Bréfritari: Sigríður Pálsdóttir
Viðtakandi: Páll Pálsson
Dagsetning: A-1866-04-06
Skrifað á: Breiðabólsstað  Rang.
Páll var bróðir Sigríðar

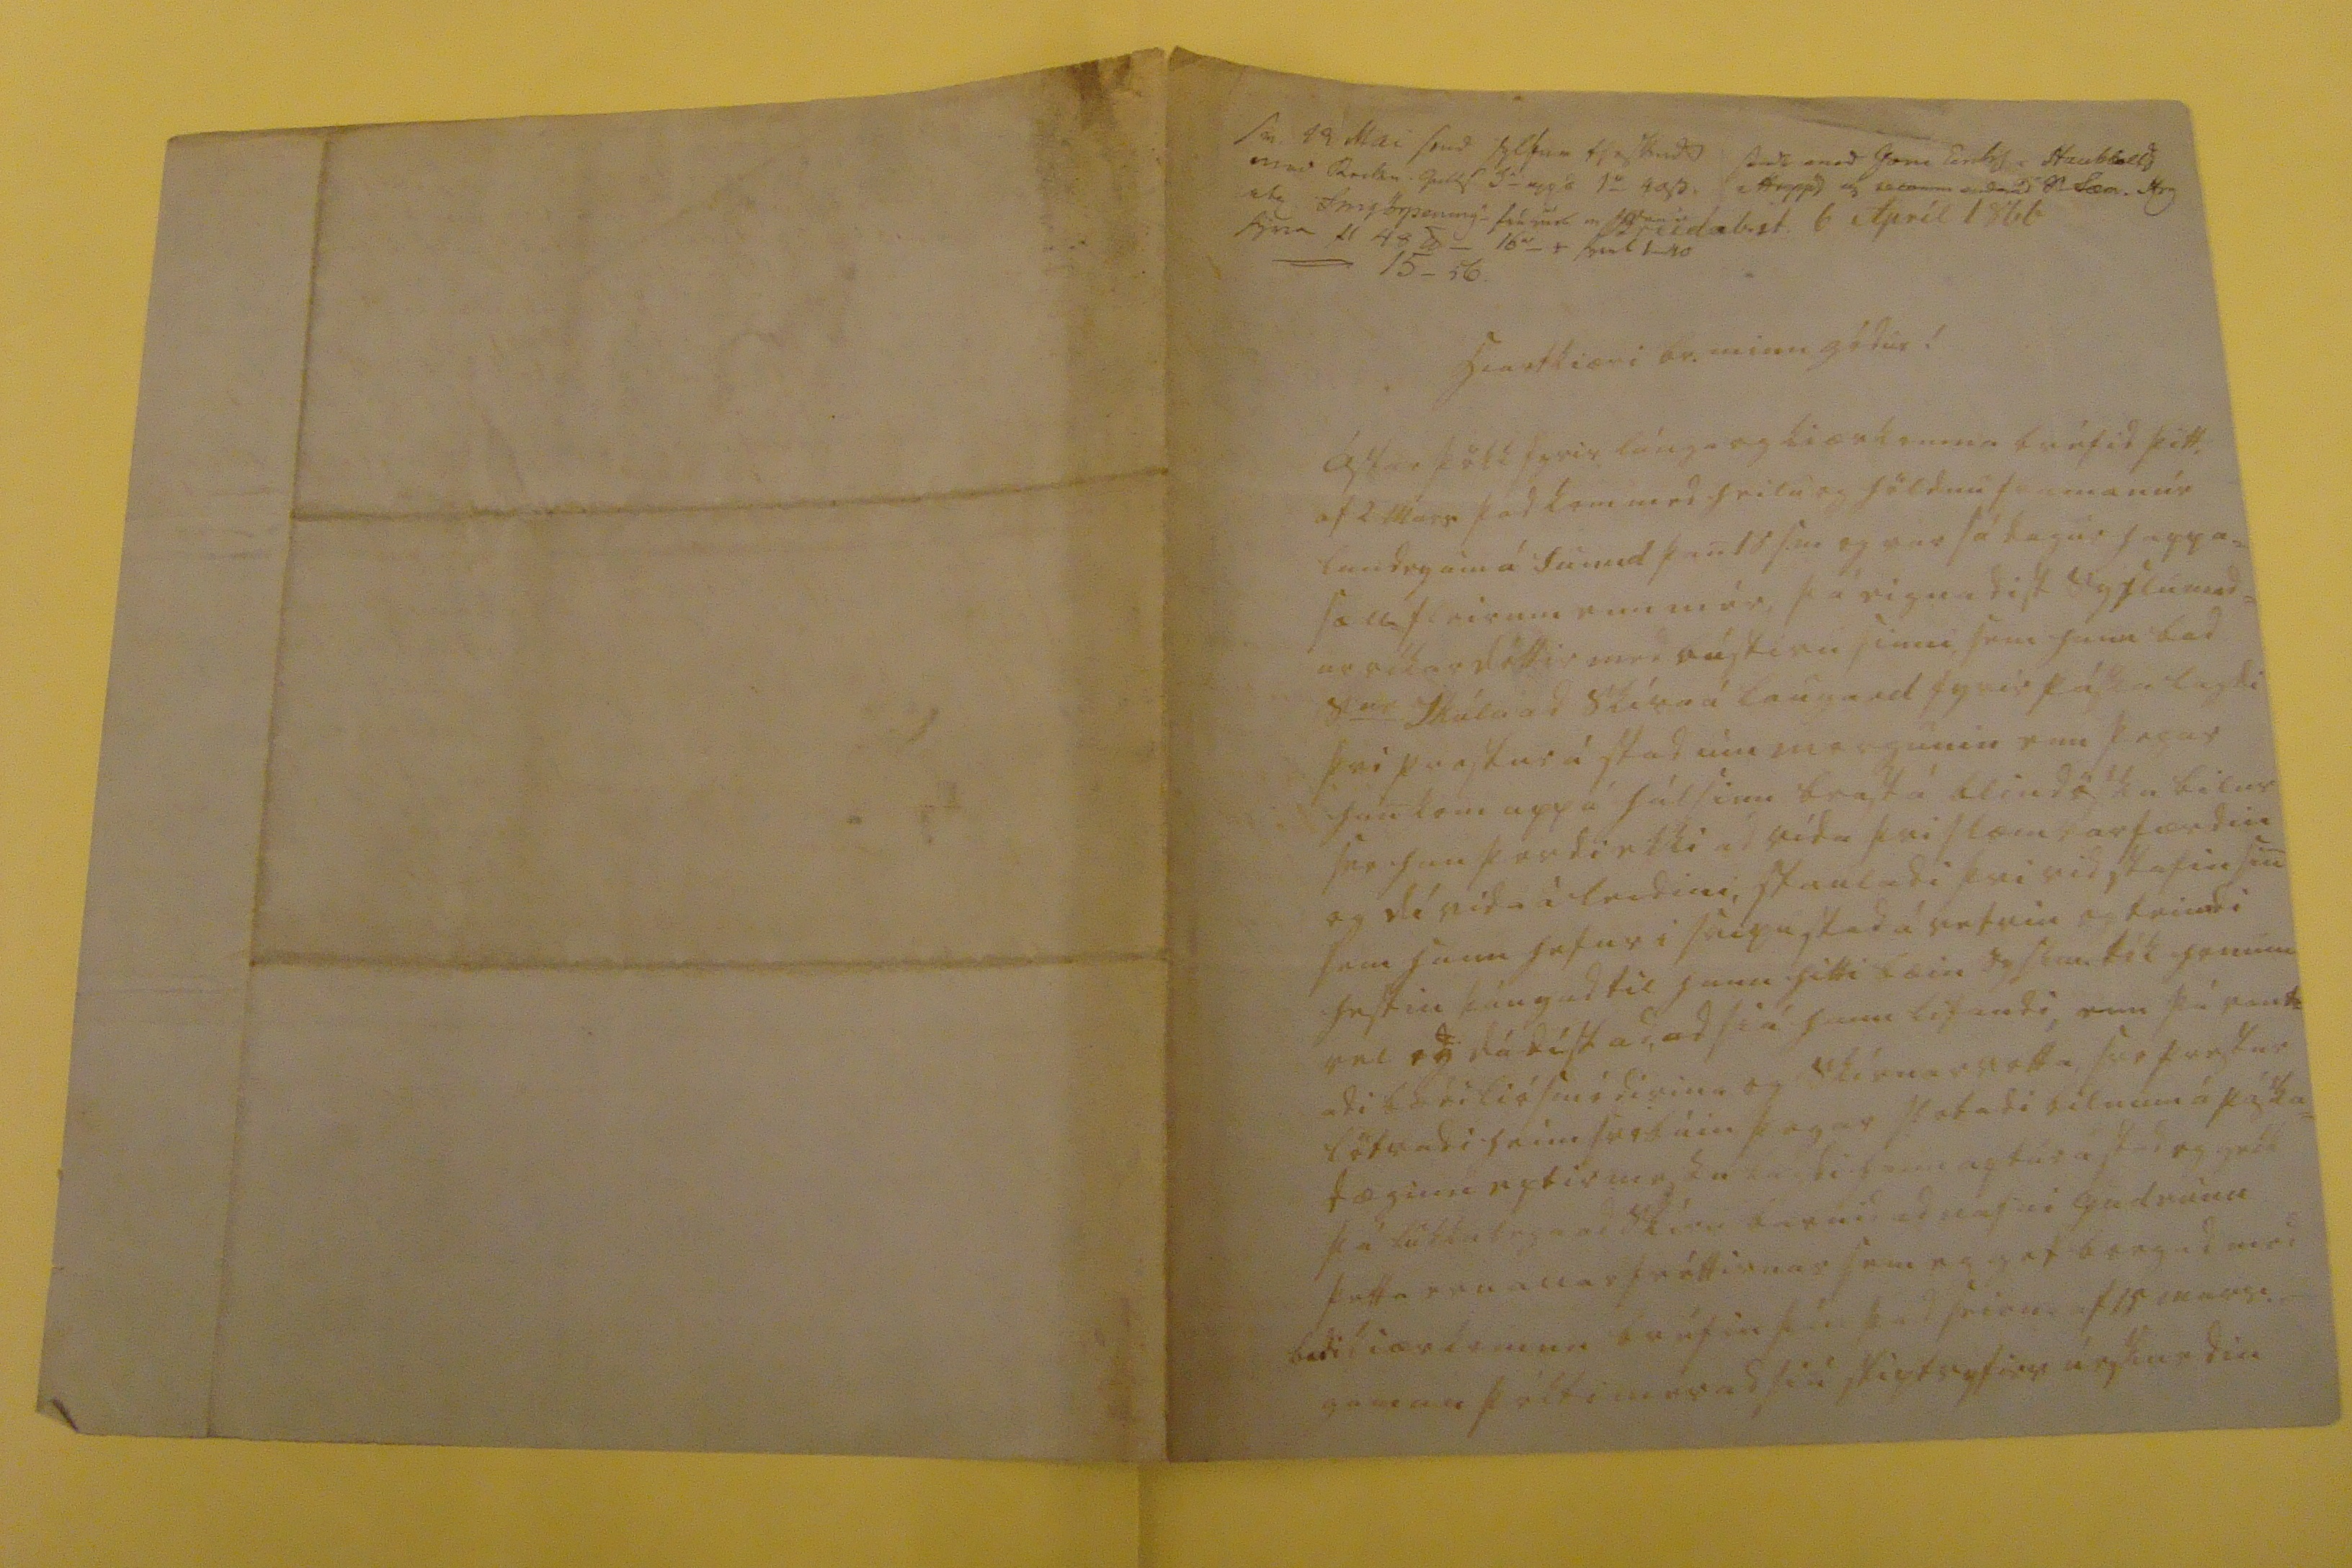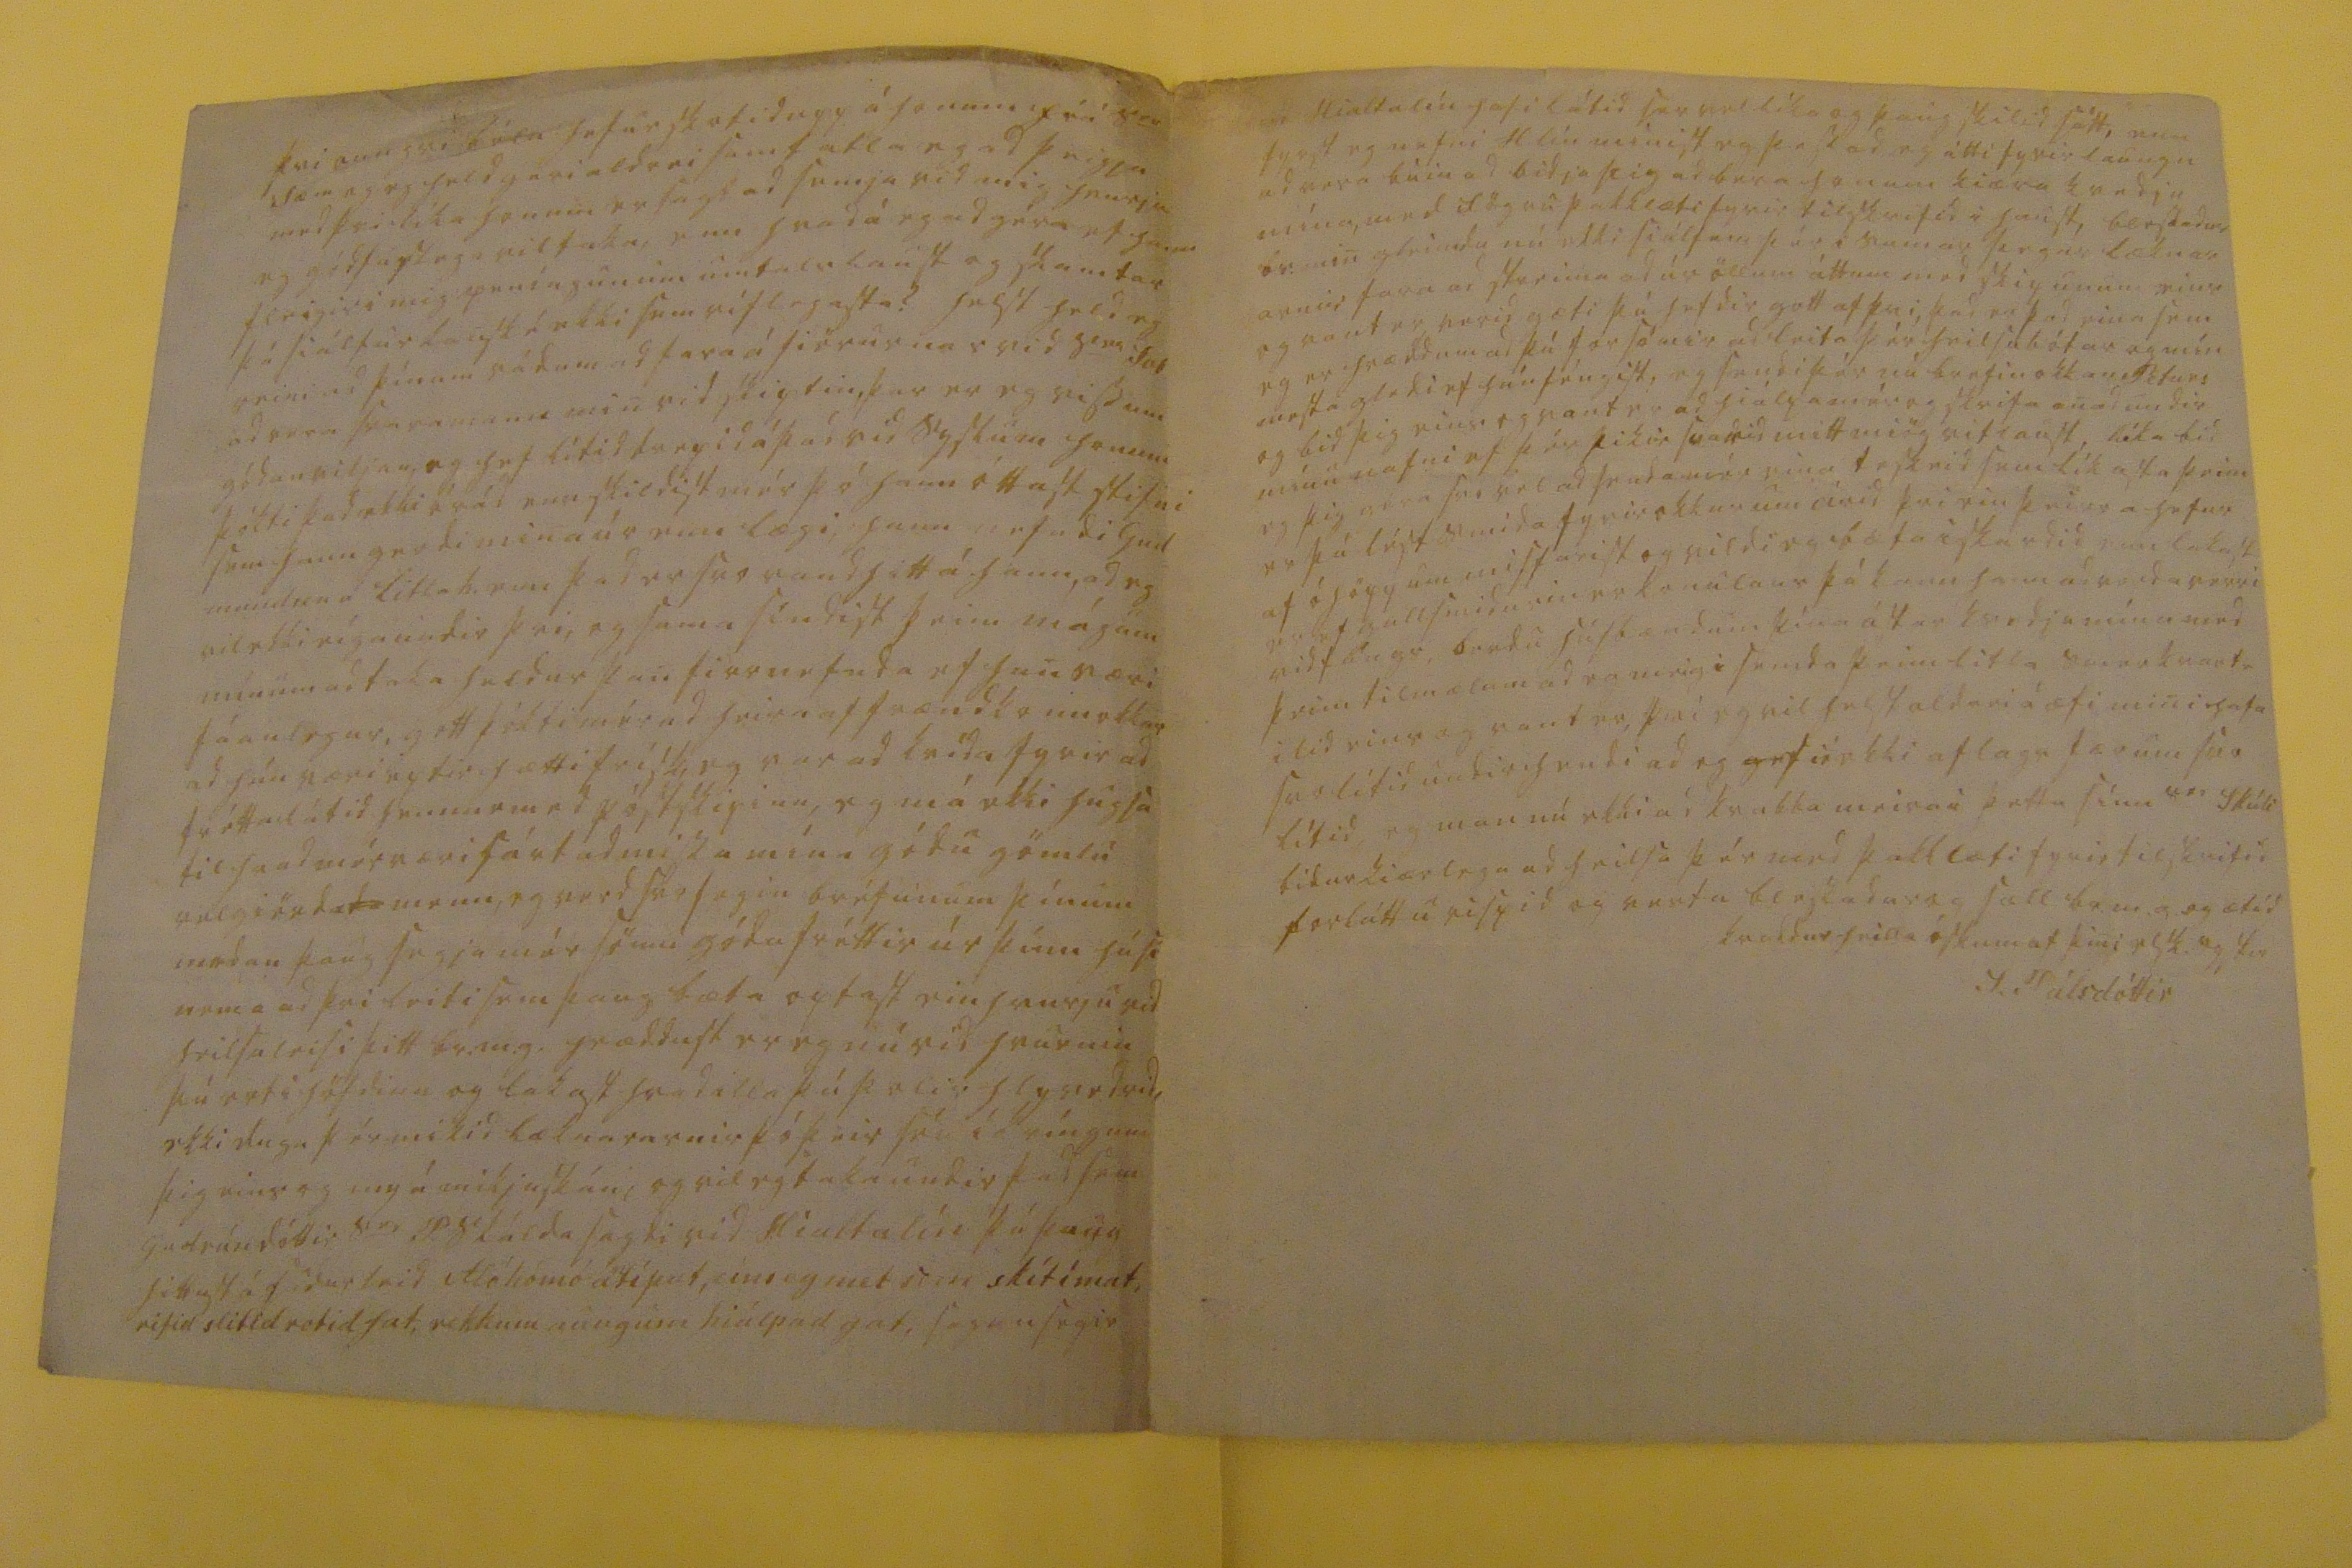

sv. 19 Mai send syl00 Hg 000 00000 med R000n j0000 S_ upp á 1_ 000 000 Inn0ö0pening frá m00 m fyrra 11 48 0 _ 16 send0 med Joni Eir000 sta00000 i hrepps og 00000 enda ad 00 Sæm. Hrg
Breidab.st. 6 Apríl 1866
hiartkiæri br. minn gódur!
ástarþökk fyrir lánga og kiærkomna bréfid þitt, af 2 Mars þad kom med heilu og höldnu framanúr landeyum á Sunud þan 16 s.m og var sá dagur happa= sæll fleirum enn mér, þá eignadist syslumad= ur okkar dóttir med bústiru sinni, sem hann bad s
er
Skúla ad skíra á laugard fyrir páska lagdi þvi prestur á stad um morgunin enn þegar han kom upp á hálsinn brast á blindöskubilur svo han þordi ekki ad rída þvi slæm var færdin og
dó
vida á leidini, stauladi þvi vid stafin sin sem hann hefur i svipustad á vetrin og teimdi hestin þángad til hann hitti bæin syslm. tók honum vel og dádist ad, ad siá hann lifandi, enn þá vant= adi bædi liósmódirina og skírnarvotta svo fyrstur lötradi heím svo búin þegar slotadi bilnum á páska= dæginn eptir messu lagdi hann aptur á stad og gekk þá lukkulega ad skíra barnid ad nafni Gudrúnu þetta eru allar fréttirnar sem eg get borgad med bædi kiærkomnu bréfin þín þad seirna s 15 mars gaman þókti mér ad siá skiptsyfirs úrskurdin
þvi aungvi
bó0a
hefur skotid upp á honum frá s
er
Sæm og eg held geri aldrei samt atla eg ad þeigja med þvi líka honum er sagt ad semja vid mig hvurja eg gódfaslega vil taka, enn hvad á eg ad géra ef hann fleigir i mig peníngunum umtalslaust og skamtar þá siálfur kanské ekki sem riflegasta? helst held eg reini ad þínum rádum ad fara á fiörurnar vid s
er
Sa0
ad vera svaramann min vid skiptin þar er eg vissum gódan viljan, og hef lítid drepid á þad vid syslum honum þókti þad ekki órád enn skildist mér þó hann óttast stifni sem hann gerdi mina úr enn lægi, hann nefndi Gud= mundson á Litla h. enn þad er svo vandhitt á hann, ad eg vil ekki eíga undir þvi, og sama síndist þeim mágum mínum ad taka heldur þan firrnefnda ef han væri fáanlegur, gott þókti mér ad heira af frændkonu okkar ad hún væri eptir hætti frísk eg var ad kvída fyrir ad frétta látid hennar med póstskipinu, eg má ekki hugsa til hvad mér væri sárt ad missa mína gódu gömlu velgiörda
da
menn, eg verd svo fegin bréfunum þínum medan þaug segja mér sömu gódu fréttir úr þínu húsi nema ad þvi leiti sem þaug bæta optast einhvurju vid heilsuleisi þitt br.m.g. hræddust er eg nú vid hvurnin þú ert i höfdinu og lakast hvad illa þú þolir hlyvedrid, ekki duga þér mikid læknararnir þó þeir séu í kríngum þig eins og my á mikjuskán, og vil eg taka undr þad sem Gudrún dóttir s
er
P. skálda sagdi vid Hialtalín þá þaug hittust á sudurleid
0l0 lióm0 á0ipat, eins og m0t sem
skítímat, rifid slitid rotid fat, rekkum aungum hiálpad gat, sagan segir
ad Hialtalín hafi látid ser vel líka og þaug skilid sátt, enn fyrst eg nefni H lín minist eg þess ad eg átti fyrir laungu ad vera búin ad bidja þig ad bera honum kiæra kvedju mína, med fögru þakklæti fyrir tilskrifid i haust, blessadur br. min gleimdu nú ekki siálfum þér i sumar þegar læknar arnir fara ad streima ad úr öllum áttum med skipunum eins og vant er, verid gæti þú hefdir gott af þvi, þad er þad eina sem eg er hrædd um ad þú forsómir ad leita þér heilsubótar og mín mesta gledi ef hún féngist, og sendi þér nú brefin okkar Peturs og bid þig eins og vant er ad hiálpa mér og skrifa anad undir mínu nafni ef þér þikir
svadid
mitt miög vitlaust, líka bid eg þig géra svo vel ad senda mér eina teskeid sem líkasta þeim er þú lést smida fyrir okkur um árid þvi ein þeirra hefur af óhöppum misfarist og vildi eg bæta i skardid enn lakast er ef gullsmidurin er konulaus þá kann hann ad verda verri vidfángs, berdu húsbændum þína ástar kvedju mína med þeim tilmælum ad eg meigi senda þeim litla smerkvart= ilid eins og vant er, þvi eg vil helst aldrei á æfi mini hafa svo lítid undir i hendi ad eg
geti0 ekki aflags færum
svo lítid, eg man nú ekki ad kvabba meira i þetta sinn s
er
Skúli bidur kiærlega ad heilsa þér med þakklæti fyrir tilskrifid forláttu rispid og vertu blessadur og sæll br.m.g. og ætíd kvaddur heilla óskum af þini elsk. systir
S. Pálsdóttir